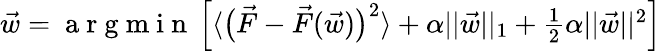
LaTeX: \begin{array}{r}{\vec{w}=\mathrm{~a~r~g~m~i~n~}\left[\langle\big(\vec{F}-\vec{F}(\vec{w})\big)^{2}\rangle+\alpha\lvert\lvert\vec{w}\rvert\rvert_{1}+\frac 12\alpha\lvert\lvert\vec{w}\rvert\rvert^{2}\right]}\end{array}